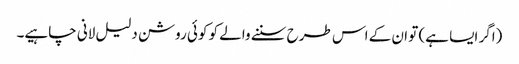
(اگر ایسا ہے) تو ان کے اس طرح سننے والے کو کوئی روشن دلیل لانی چاہیے۔